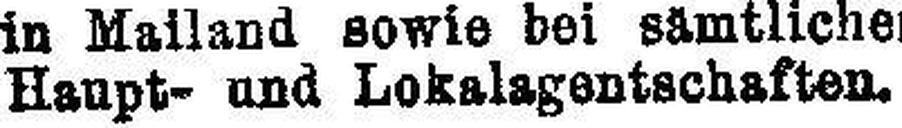
Haupt- und Lokalagentschaften.